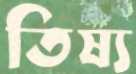
তিষ্য